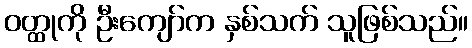
ဝတ္ထုကို ဦးကျော်က နှစ်သက် သူဖြစ်သည်။